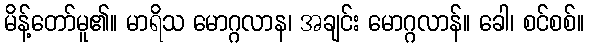
မိန့်တော်မူ၏။ မာရိသ မောဂ္ဂလာန၊ အချင်း မောဂ္ဂလာန်။ ခေါ၊ စင်စစ်။